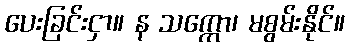
ပေးခြင်းငှာ။ န သက္ကော၊ မစွမ်းနိုင်။